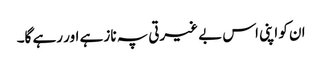
ان کو اپنی اس بے غیرتی پہ ناز ہے اور رہے گا۔